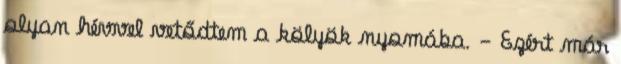
olyan hévvel vetődtem a kölyök nyomába. - Ezért már